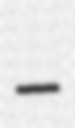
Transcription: –